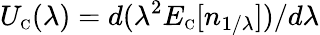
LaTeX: U_{\scriptscriptstyle\mathrm{C}}(\lambda)=d(\lambda^{2}E_{\scriptscriptstyle\mathrm{C}}[n_{1/\lambda}])/d\lambda